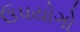
ઉપયોગો